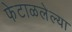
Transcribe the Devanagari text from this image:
फेटाळलेल्या